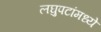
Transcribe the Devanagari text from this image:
लघुपटांमध्ये